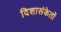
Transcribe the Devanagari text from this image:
दिशासंकेतों